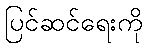
ပြင်ဆင်ရေးကို